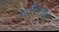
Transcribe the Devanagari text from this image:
पदाधिकारीही